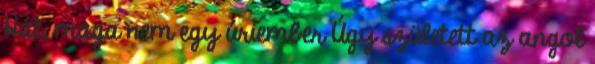
Hát, maga nem egy úriember Úgy született az angol